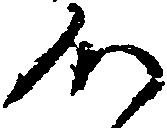
つ